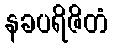
နခပရိဇိတံ